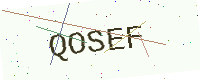
Text: QOSEF